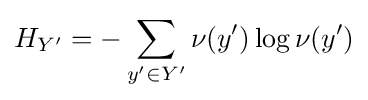
H_{Y'}=-\sum _{y'\in Y'}\nu (y')\log \nu (y')